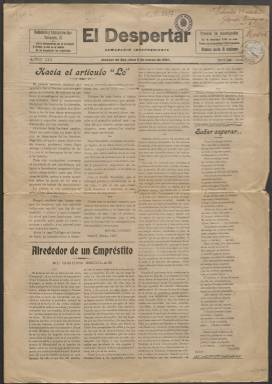
Título: El Despertar (Alcázar de San Juan)
Colección: Periódicos
Ámbito geográfico: Ciudad Real
Lugar de publicación: Alcázar de San Juan [Ciudad Real]
Fechas: 06/03/1927-20/12/1931